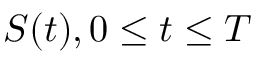
{ \mathbf { } } S ( t ) , 0 \leq t \leq T